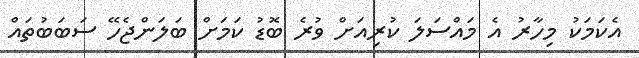
އެކަމަކު މިހާރު އެ މައްސަލަ ކުރިއަށް ވުރެ ބޮޑު ކަމަށް ބަލަންޖެހޭ ސަބަބުތައް